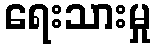
ရေးသားမှု